Annual report of lunatic asylums [Bombay] - 1912-1922
Year: 1912
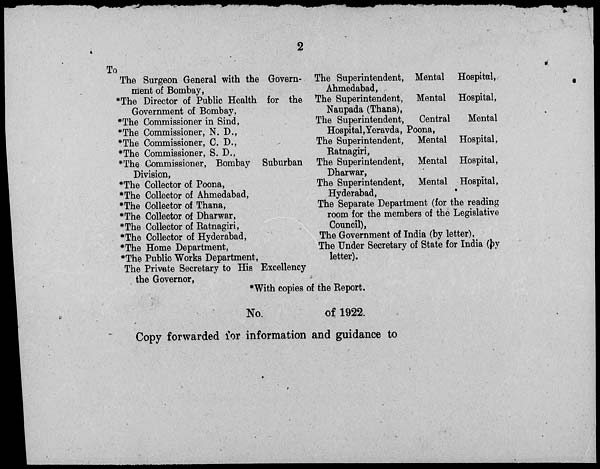
2
To
The Surgeon General with the Govern-
ment of Bombay,
*The Director of Public Health for the
Government of Bombay,
*The Commissioner in Sind,
*The Commissioner, N. D.,
*The Commissioner, C. D.,
*The Commissioner, S. D.,
*The Commissioner, Bombay Suburban
Division,
*The Collector of Poona,
*The Collector of Ahmedabad,
*The Collector of Thana,
*The Collector of Dharwar,
*The Collector of Ratnagiri,
*The Collector of Hyderabad,
*The Home Department,
*The Public Works Department,
The Private Secretary to His Excellency
the Governor,
The Superintendent, Mental Hospital,
Ahmedabad,
The Superintendent, Mental Hospital,
Naupada (Thana),
The Superintendent,
Central
Mental
Hospital,Yeravda, Poona,
The Superintendent, Mental Hospital,
Ratnagiri,
The Superintendent, Mental Hospital,
Dharwar,
The Superintendent, Mental Hospital,
Hyderabad,
The Separate Department (for the reading
room for the members of the Legislative
Council),
The Government of India (by letter),
The Under Secretary of State for India (by
letter).
*With copies of the Report.
No.
of 1922.
Copy forwarded for information and guidance to